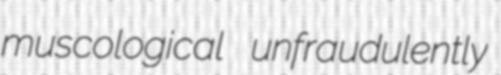
muscological unfraudulently